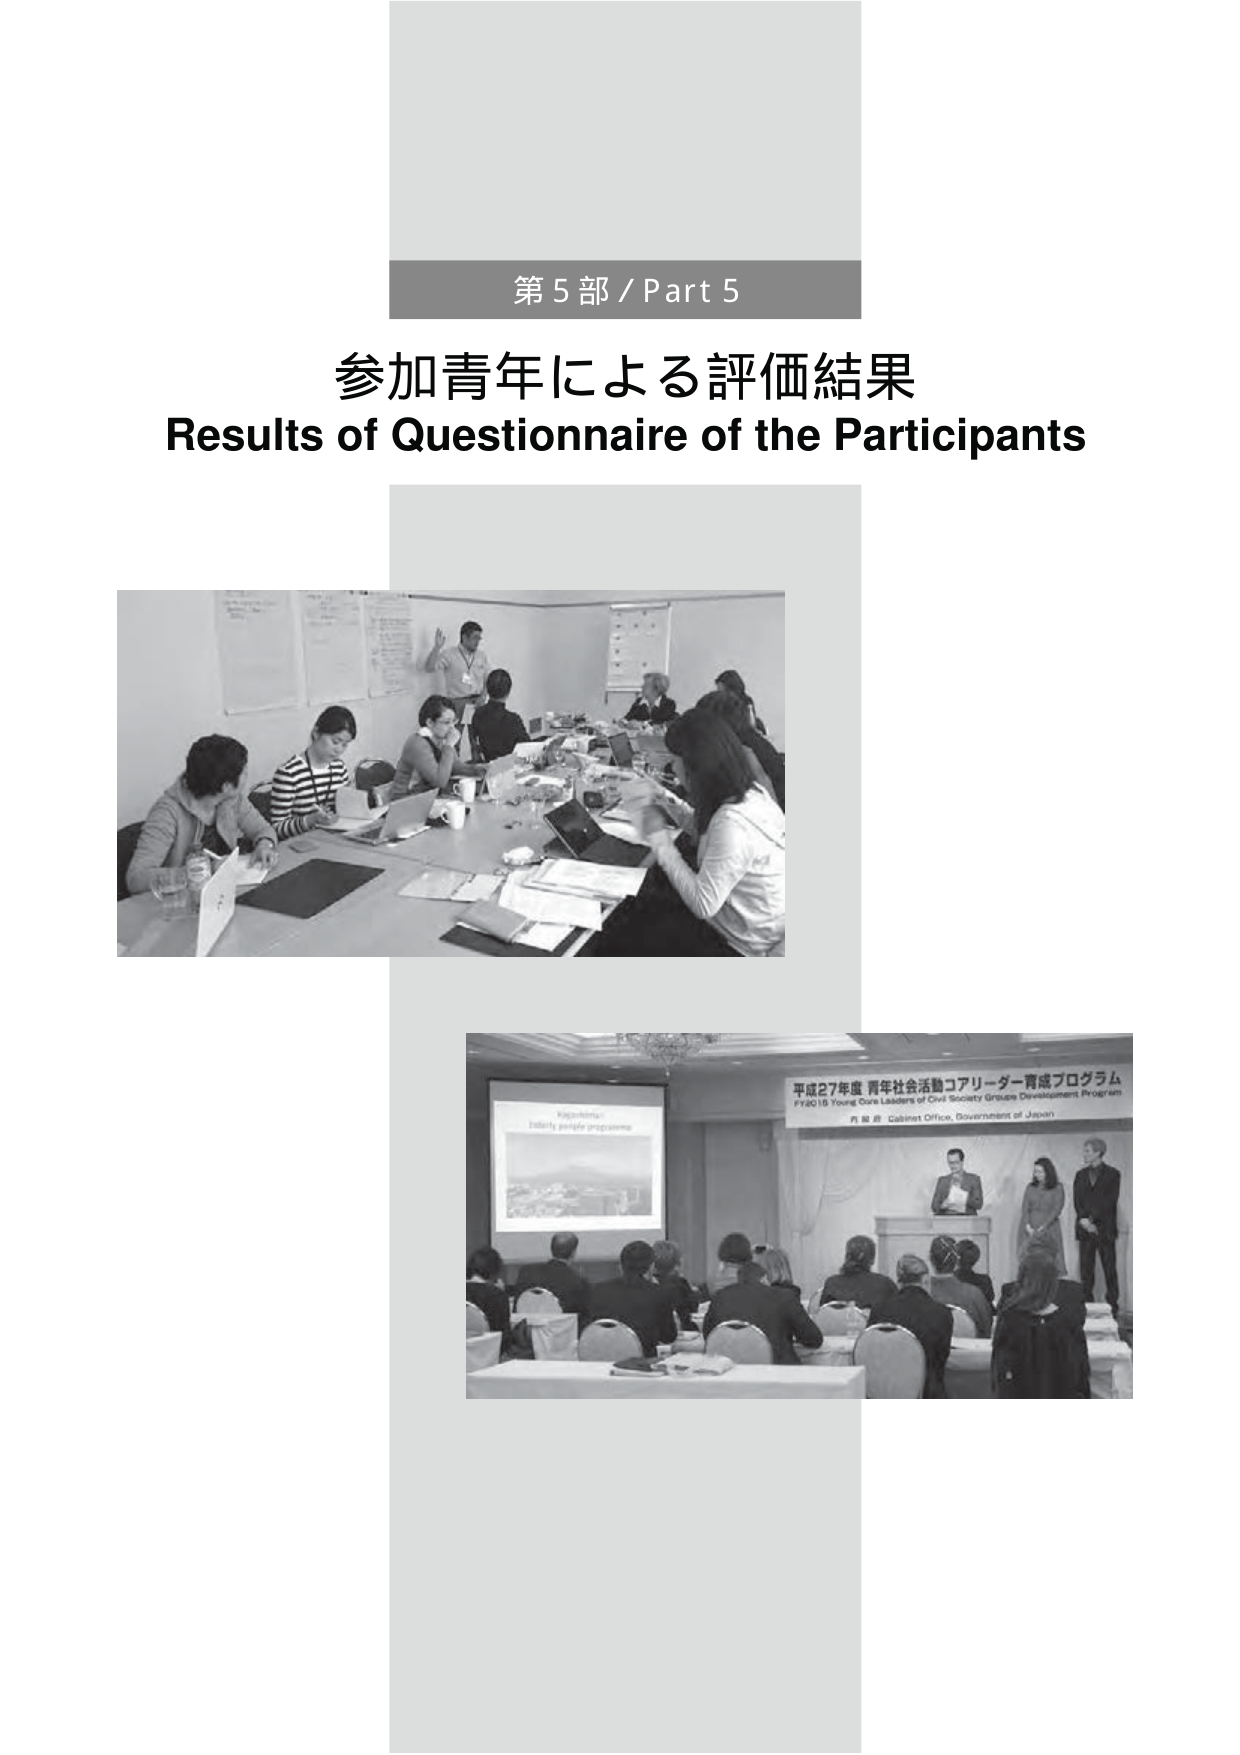
第5部 / Part 5
参加青年による評価結果
Results of Questionnaire of the Participants

平成27年度 青年社会活動コーリーダー育成プログラム
FY2015 Young Core Leaders of Civil Society Groups Development Program
内閣府 Cabinet Office, Government of Japan

Kigamboni
Indentity people programme